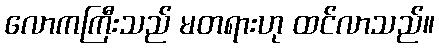
လောကကြီးသည် မတရားဟု ထင်လာသည်။